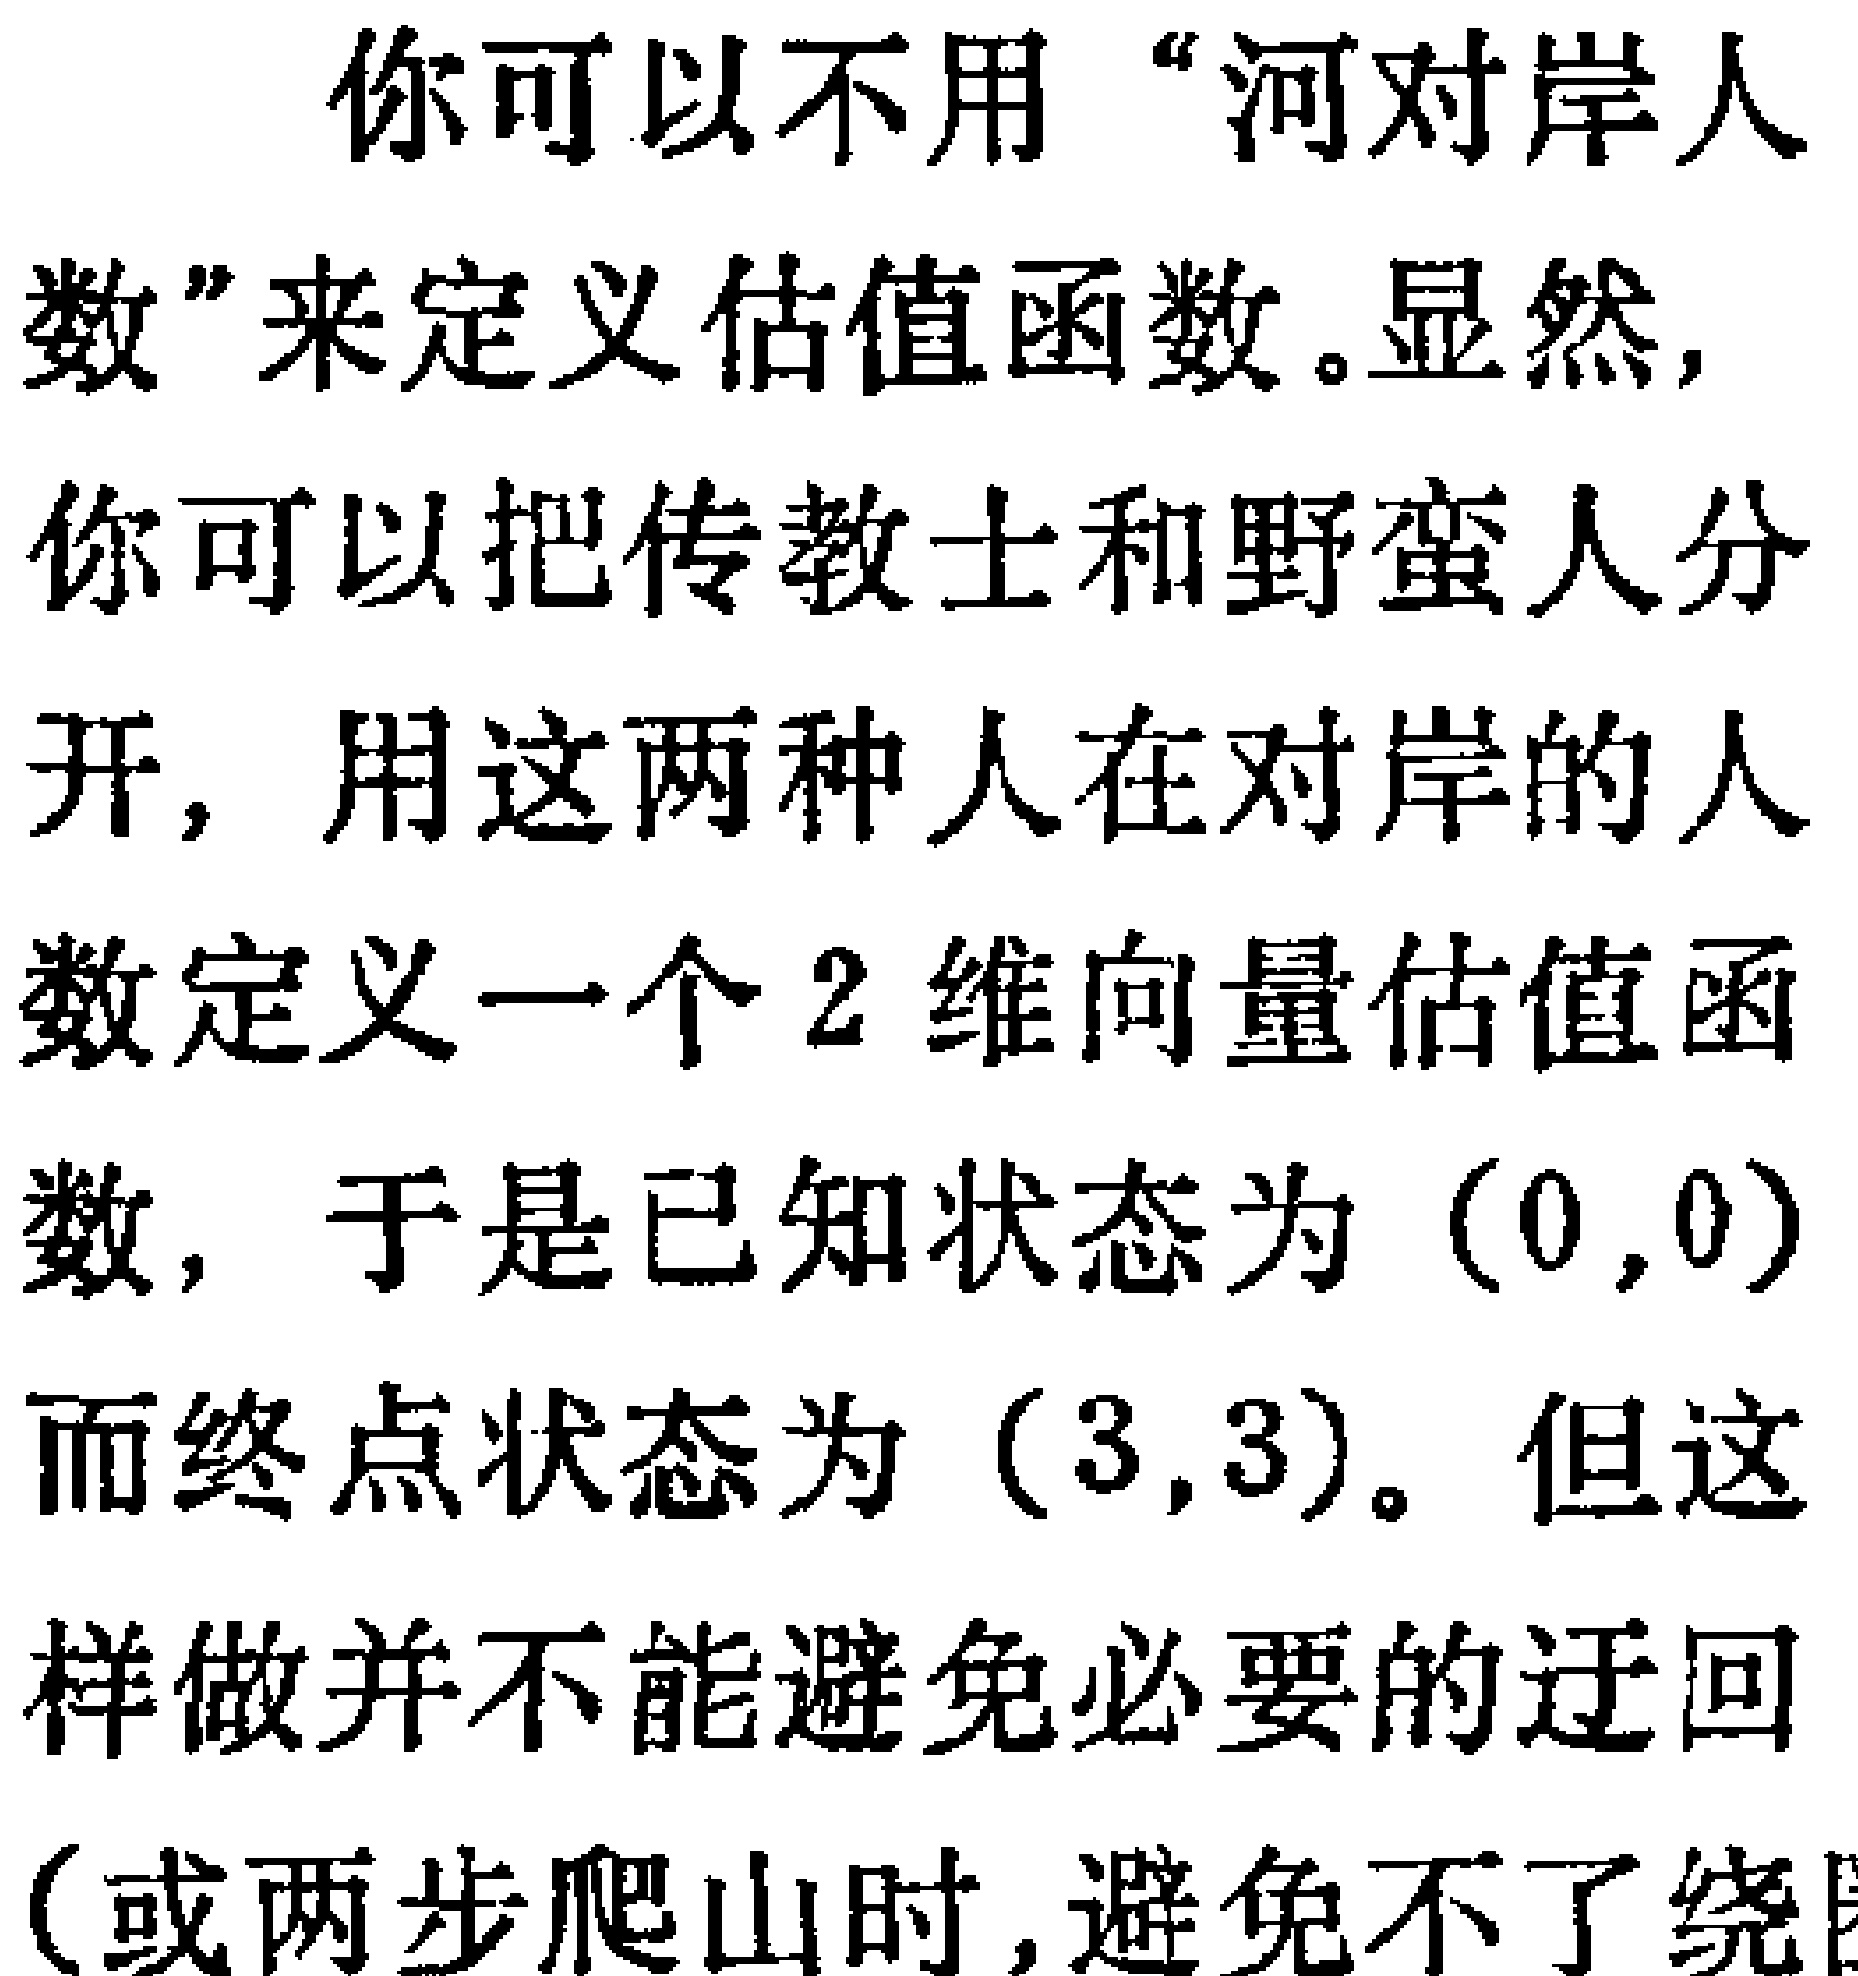
你可以不用“河对岸人数”来定义估值函数。显然，你可以把传教士和野蛮人分开，用这两种人在对岸的人数定义一个 2 维向量估值函数，于是已知状态为（0,0）而终点状态为（3,3）。但这样做并不能避免必要的迂回（或两步爬山时,避免不了绕